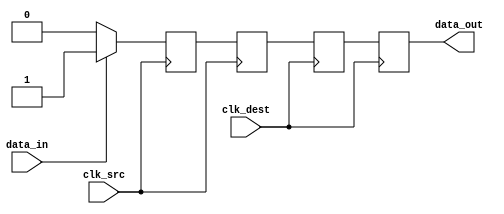
module pulsed_synchronizer (
    input wire clk_src,      // Source clock
    input wire clk_dest,     // Destination clock
    input wire data_in,      // Asynchronous input signal
    output reg data_out      // Synchronized output signal
);

    // Internal signals
    reg pulse;               // Pulse signal
    reg sync_ff1;           // First flip-flop output
    reg sync_ff2;           // Second flip-flop output

    // Pulse generation logic
    always @(posedge clk_src) begin
        if (data_in) begin
            pulse <= 1'b1;   // Generate pulse on rising edge of data_in
        end else begin
            pulse <= 1'b0;   // Reset pulse when data_in is low
        end
    end

    // First flip-flop to capture the pulse on clk_src
    always @(posedge clk_src) begin
        sync_ff1 <= pulse;   // Capture pulse signal
    end

    // Second flip-flop to synchronize the output on clk_dest
    always @(posedge clk_dest) begin
        sync_ff2 <= sync_ff1; // Capture the output of the first flip-flop
    end

    // Output assignment
    always @(posedge clk_dest) begin
        data_out <= sync_ff2; // Output the synchronized signal
    end

endmodule